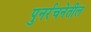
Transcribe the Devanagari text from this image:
पुनर्रचनेतील